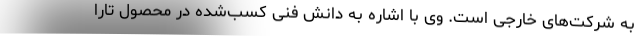
به شرکت‌های خارجی است. وی با اشاره به دانش فنی کسب‌شده در محصول تارا